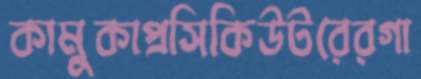
কামুকাপ্রসিকিউটরেরগা